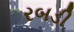
રબડી